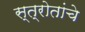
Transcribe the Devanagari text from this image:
स्त्रोतांचे